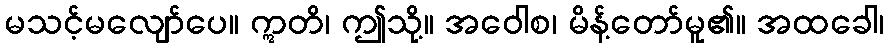
မသင့်မလျော်ပေ။ ဣတိ၊ ဤသို့။ အဝေါစ၊ မိန့်တော်မူ၏။ အထခေါ၊